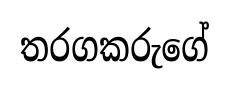
තරගකරුගේ